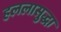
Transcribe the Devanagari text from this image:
हललासुद्धा